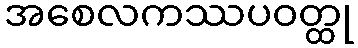
အစေလကဿပဝတ္ထု